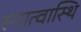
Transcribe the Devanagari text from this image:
स्नात्वास्थि